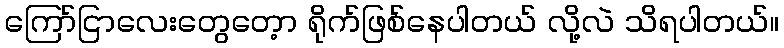
ကြော်ငြာလေးတွေတေ့ာ ရိုက်ဖြစ်နေပါတယ် လို့လဲ သိရပါတယ်။